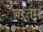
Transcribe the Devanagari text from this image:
तरतम